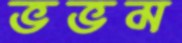
ভভম